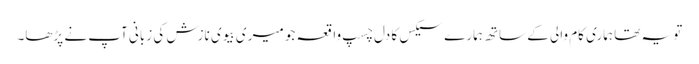
تو یہ تھا ہماری کام والی کے ساتھ ہمارے سیکس کا دل چسپ واقعہ جو میری بیوی نازش کی زبانی آپ نے پڑھا۔